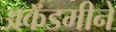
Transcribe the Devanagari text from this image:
अकॅडमीने